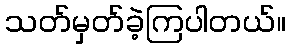
သတ်မှတ်ခဲ့ကြပါတယ်။